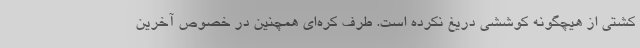
کشتی از هیچگونه کوششی دریغ نکرده است. طرف کره‌ای همچنین در خصوص آخرین